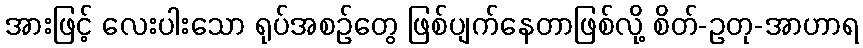
အားဖြင့် လေးပါးသော ရုပ်အစဉ်တွေ ဖြစ်ပျက်နေတာဖြစ်လို့ စိတ်-ဥတု-အာဟာရ